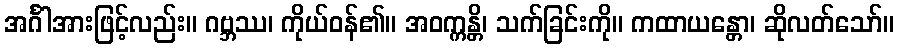
အင်္ဂါအားဖြင့်လည်း။ ဂဗ္ဘဿ၊ ကိုယ်ဝန်၏။ အဝက္ကန္တိ၊ သက်ခြင်းကို။ ကထာယန္တော၊ ဆိုလတ်သော်။